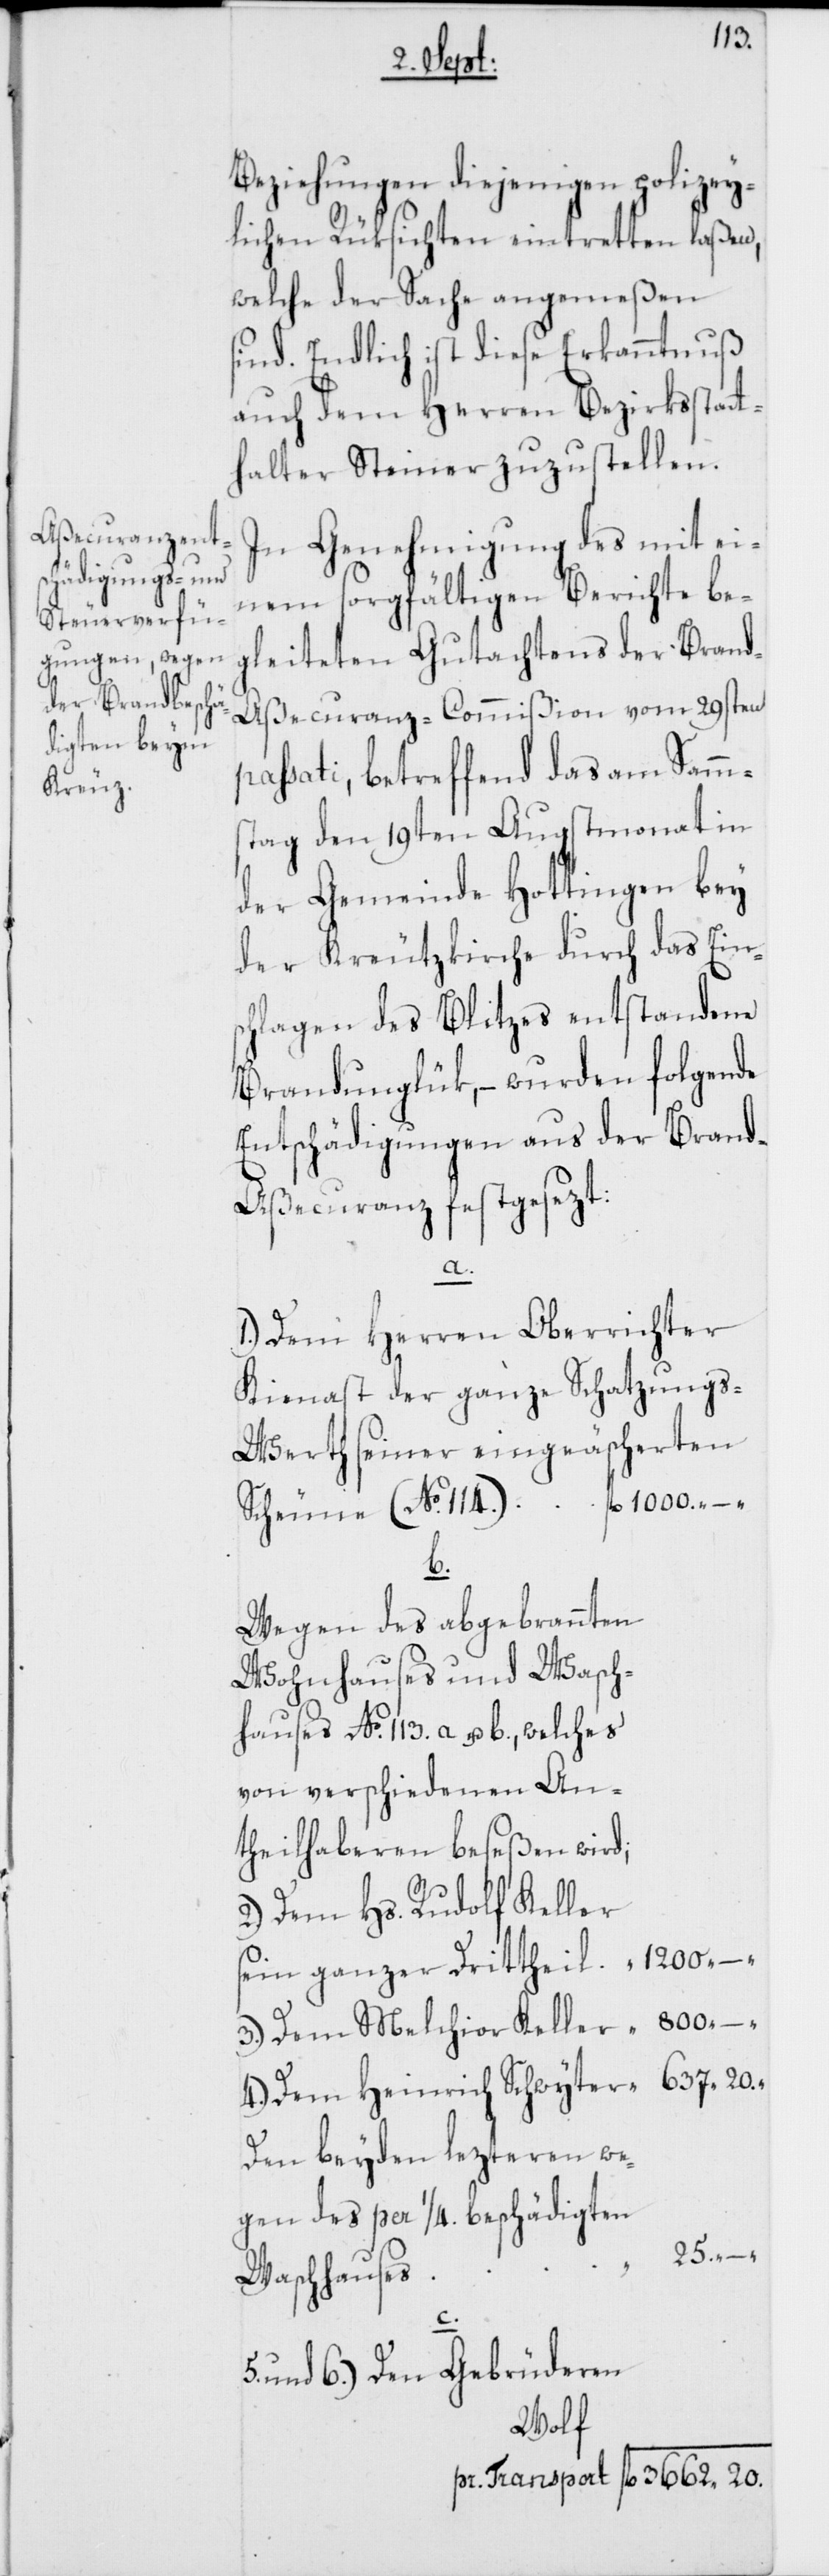
1200.
Beziehungen diejenigen polizey¬
lichen Rüksichten eintretten laßen,
welche der Sache angemeßen
sind. Endlich ist diese Erkanntnuß
auch dem Herren Bezirksstatt¬
halter Steiner zuzustellen.
In Genehmigung des mit ei¬
nem sorgfältigen Berichte be¬
gleiteten Gutachtens der Bran¬
d-Aßecuranz-Commißion vom 29sten
passati, betreffend das am Samms¬
tag den 19ten Augstmonat in
der Gemeinde Hottingen bey
der Kreutzkirche durch das Ein¬
schlagen des Blitzes entstandene
Brandunglük, – wurden folgende
Entschädigungen aus der Brand-A¬
ßecuranz festgesezt:
c.
1.) Dem Herren Oberrichter
Kienast der ganze Schatzung¬
s-Werth seiner eingeäscherten
b.,
Wegen des abgebrannten
Wohnhauses und Wasch¬
von verschiedenen An¬
theilhaberen beseßen wird;
2.) Dem Hs. Rudolf Keller
sein ganzer Drittheil
3.) Dem Melchior Keller
4.) Dem Heinrich Schwyter
Den beyden lezteren we¬
gen des per 1/4. beschädigten
800. –.
Waschhauses
5.
und 6.) Den Gebrüderen